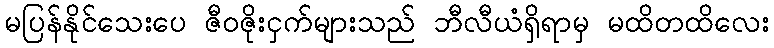
မပြန်နိုင်သေးပေ ဇီဝဇိုးငှက်များသည် ဘီလီယံရှိရာမှ မထိတထိလေး